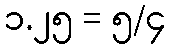
၁.၂၅ = ၅/၄